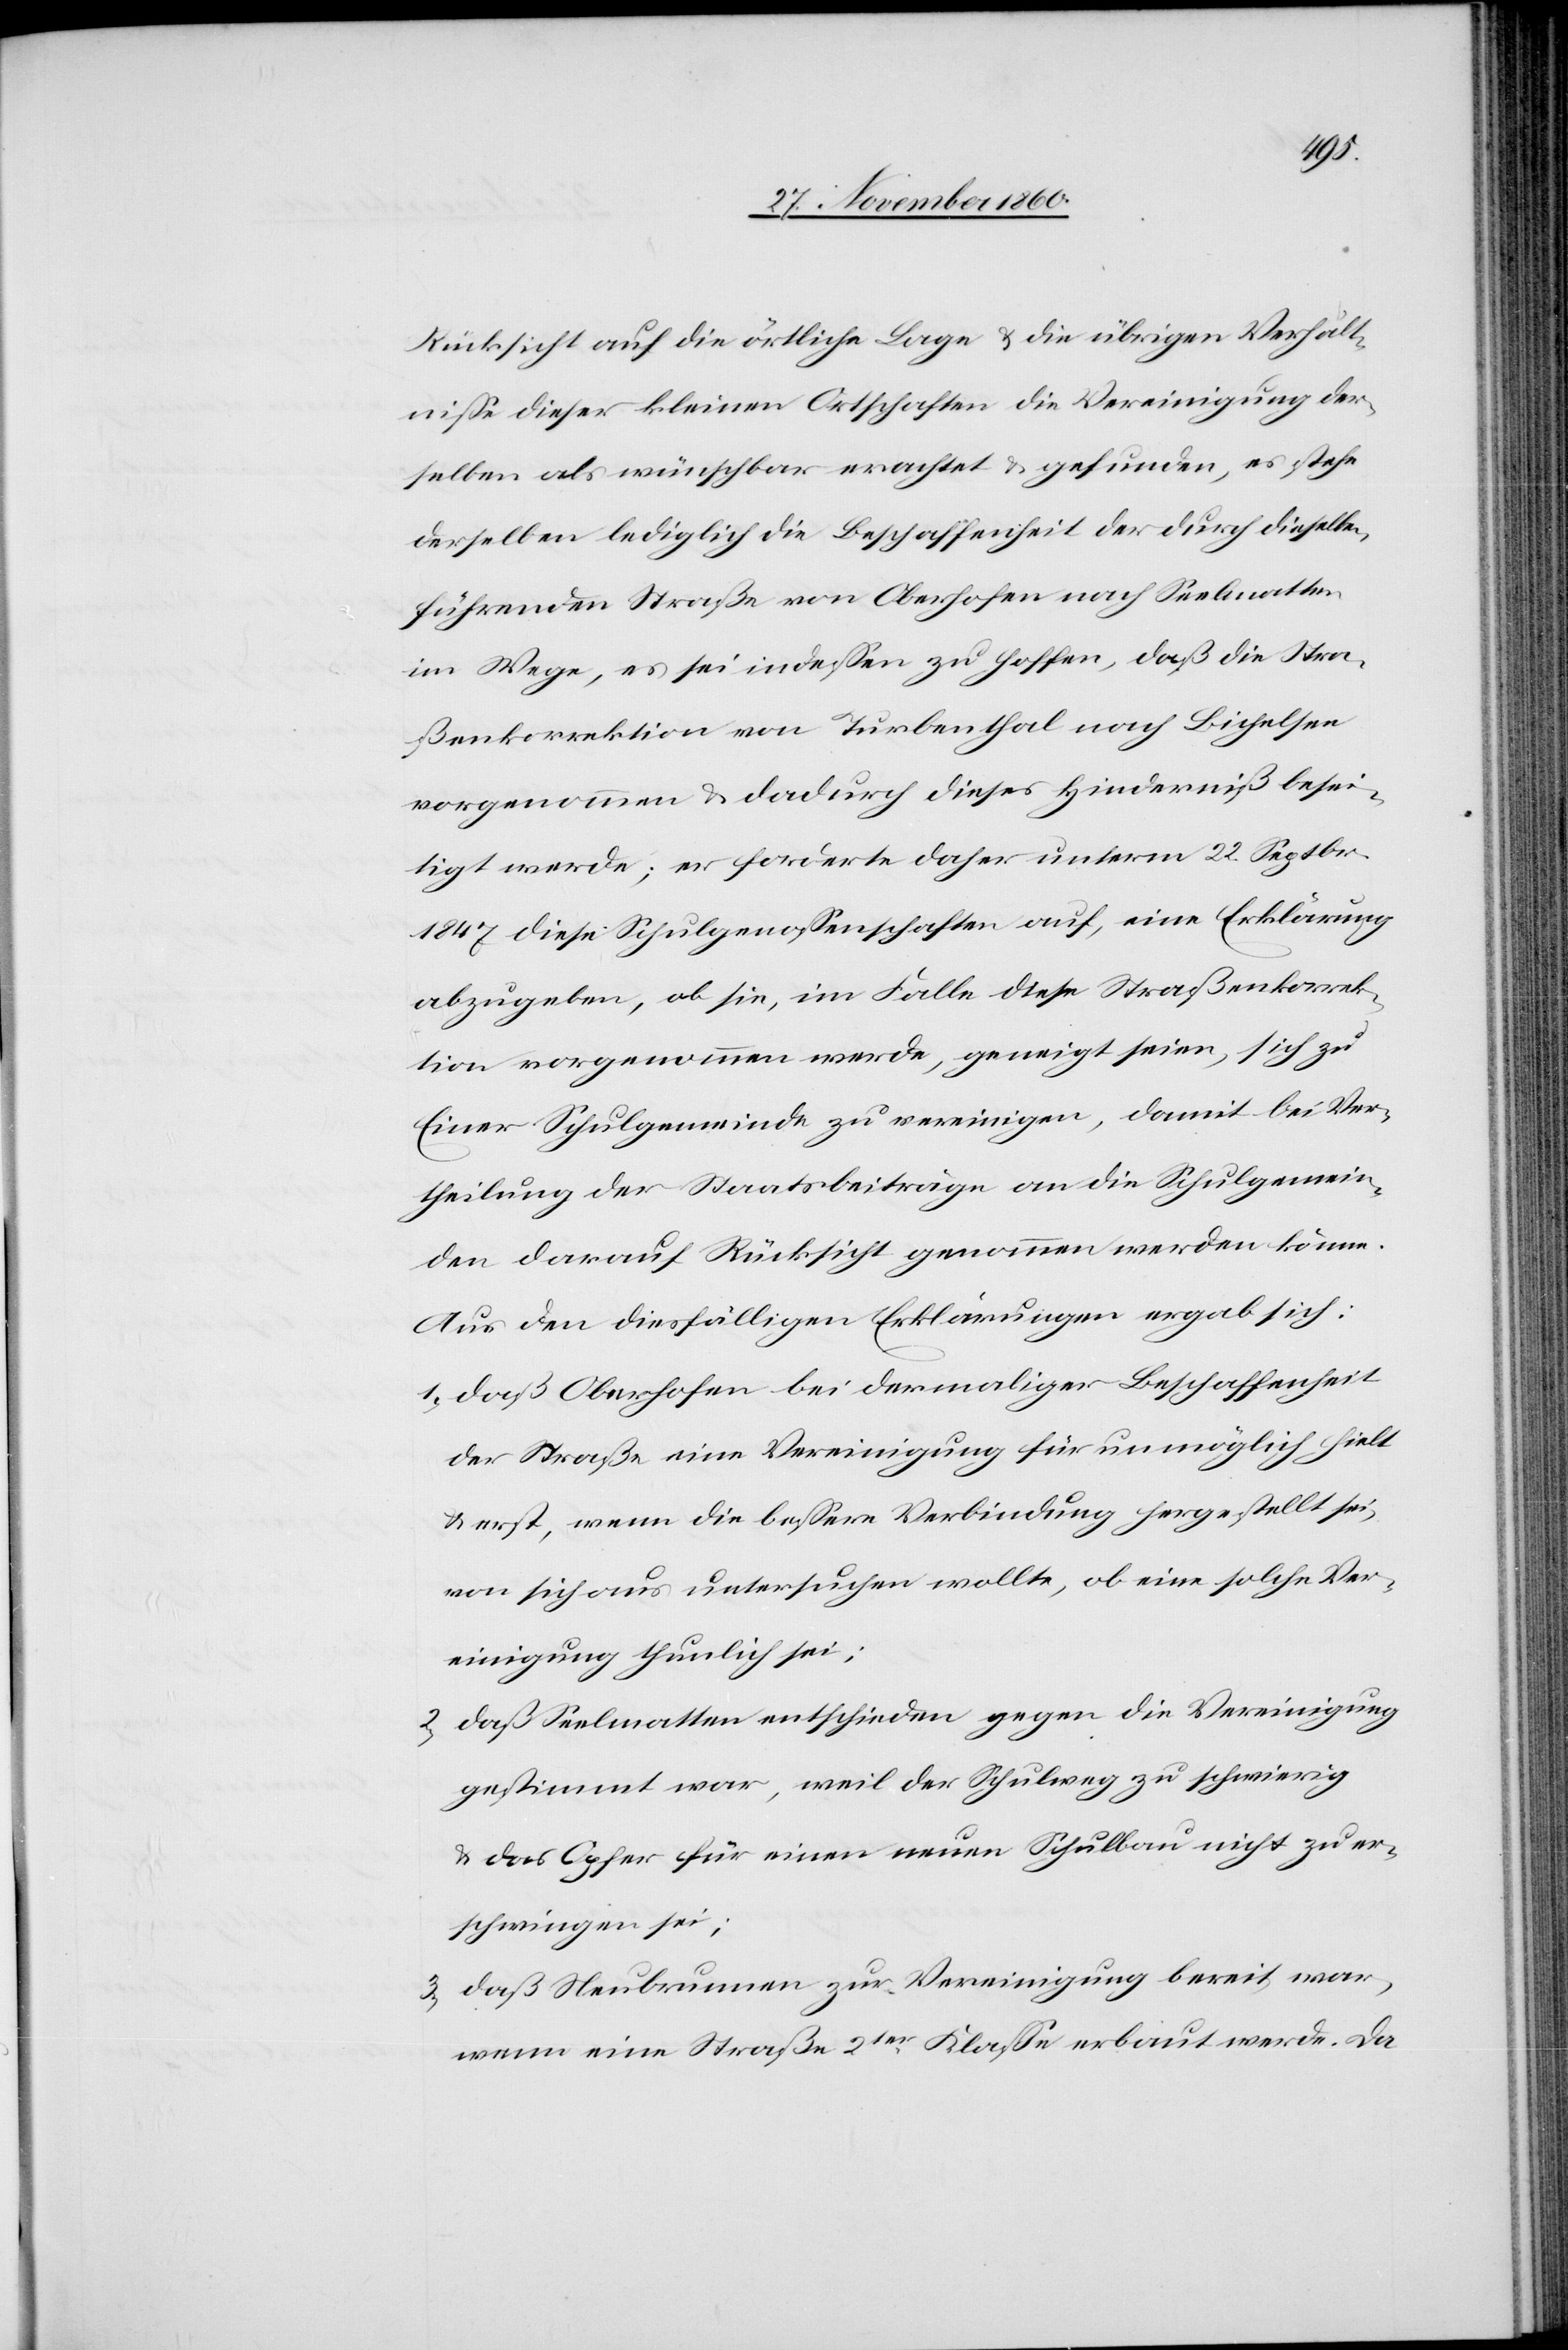
Rücksicht auf die örtliche Lage u. die übrigen Verhält¬
nisse dieser kleinen Ortschaften die Vereinigung der¬
selben als wünschbar erachtet u. gefunden, es stehe
derselben lediglich die Beschaffenheit der durch dieselben
führenden Straße von Oberhofen nach Seelmatten
im Wege, es sei indessen zu hoffen, daß die Stra¬
ßekorrektion von Turbenthal nach Bichelsee
vorgenommen u. dadurch dieses Hinderniß besei¬
tigt werde; er forderte daher unterm 22. Septbr.
1847 diese Schulgenossenschaften auf, eine Erklärung
abzugeben, ob sie, Im Falle diese Straßenkorrek¬
tion vorgenommen werde, geneigt seien, sich zu
Einer Schulgemeinde zu vereinigen, damit bei Ver¬
theilung der Staatsbeiträge an die Schulgemein¬
den darauf Rücksicht genommen werden könne.
Aus den diesfälligen Erklärungen ergab sich:
1) daß Oberhofen bei dermaliger Beschaffenheit
der Straße eine Vereinigung für unmöglich hielt
u. erst, wenn die bessere Verbindung hergestellt sei,
von sich aus untersuchen wollte, ob eine solche Ver¬
einigung thunlich sei;
2) daß Seelmatten entschieden gegen die Vereinigung
gestimmt war, weil der Schulweg zu schwierig
u. das Opfer für einen neuen Schulbau nicht zu er¬
schwingen sei;
3) daß Neubrunnen zur Vereinigung bereit war,
wenn eine Straße 2ter Klasse erbaut werde. Da